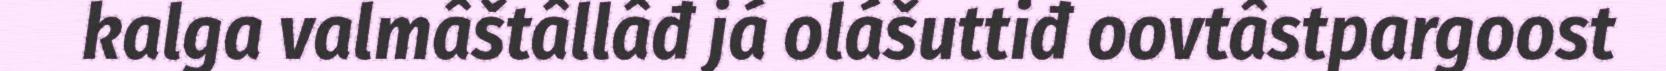
kalga valmâštâllâđ já olášuttiđ oovtâstpargoost